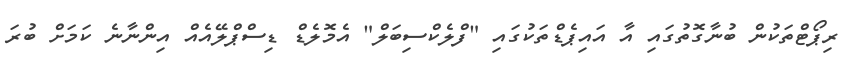
ރިޕޯޓްތަކުން ބުނާގޮތުގައި އާ އައިޕެޑްތަކުގައި "ފްލެކްސިބަލް" އެމޮލެޑް ޑިސްޕްލޭއެއް އިންނާނެ ކަމަށް ބުރަ